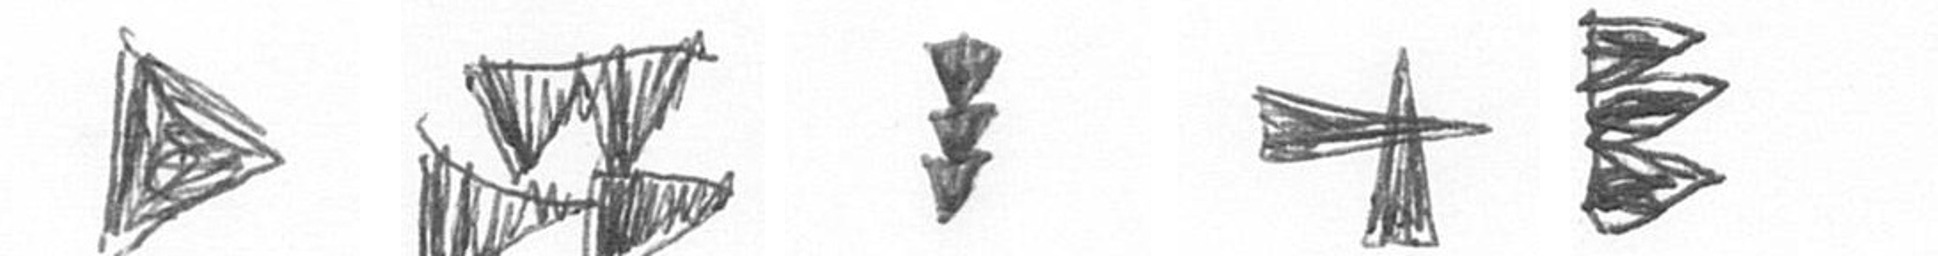
T B E G H